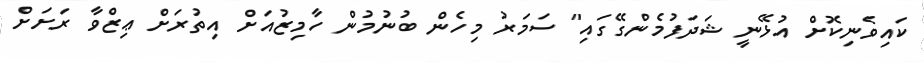
ކައިވެނިކޮށް އުޅޭނީ ޝަދަފުމެންގޭގައި" ސަމަރު މިހެން ބުނުމުން ހާމިޒުއަށް އިތުރަށް ޢިޒްވާ ރަށަށް